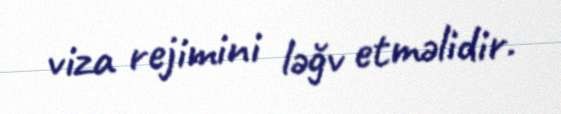
viza rejimini ləğv etməlidir.